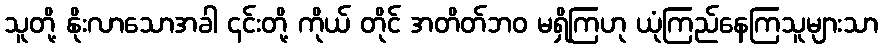
သူတို့ နိုးလာသောအခါ ၎င်းတို့ ကိုယ် တိုင် အတိတ်ဘဝ မရှိကြဟု ယုံကြည်နေကြသူများသာ